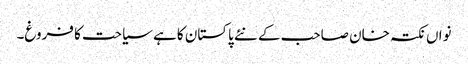
نواں نکتہ خان صاحب کے نئے پاکستان کا ہے سیاحت کا فروغ۔